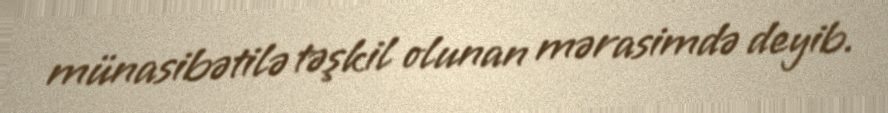
münasibətilə təşkil olunan mərasimdə deyib.